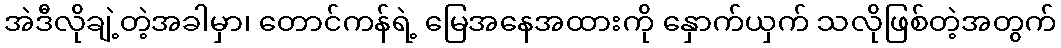
အဲဒီလိုချဲ့တဲ့အခါမှာ၊ တောင်ကန်ရဲ့ မြေအနေအထားကို နှောက်ယှက် သလိုဖြစ်တဲ့အတွက်